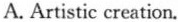
A. Artistic creation.